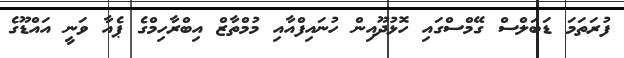
ފުރަތަމަ ޑަބަލްސް ގޭމްސްގައި ހޮޅުދޫއިން ހުނައިފްއާއި މުމްތާޒް އިބްރާހިމްގެ ޕެއާ ވަނީ އައްޑޫގެ